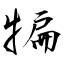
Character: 犏